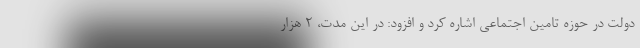
دولت در حوزه تامین اجتماعی اشاره کرد و افزود: در این مدت، ۲ هزار